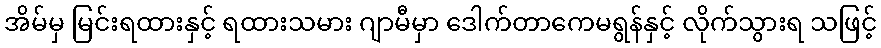
အိမ်မှ မြင်းရထားနှင့် ရထားသမား ဂျာမီမှာ ဒေါက်တာကေမရွန်နှင့် လိုက်သွားရ သဖြင့်